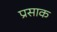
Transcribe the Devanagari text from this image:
प्रसाक